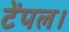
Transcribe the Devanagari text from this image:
टेंपल।